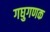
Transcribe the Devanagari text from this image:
गघुगणक